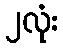
၂လုံး